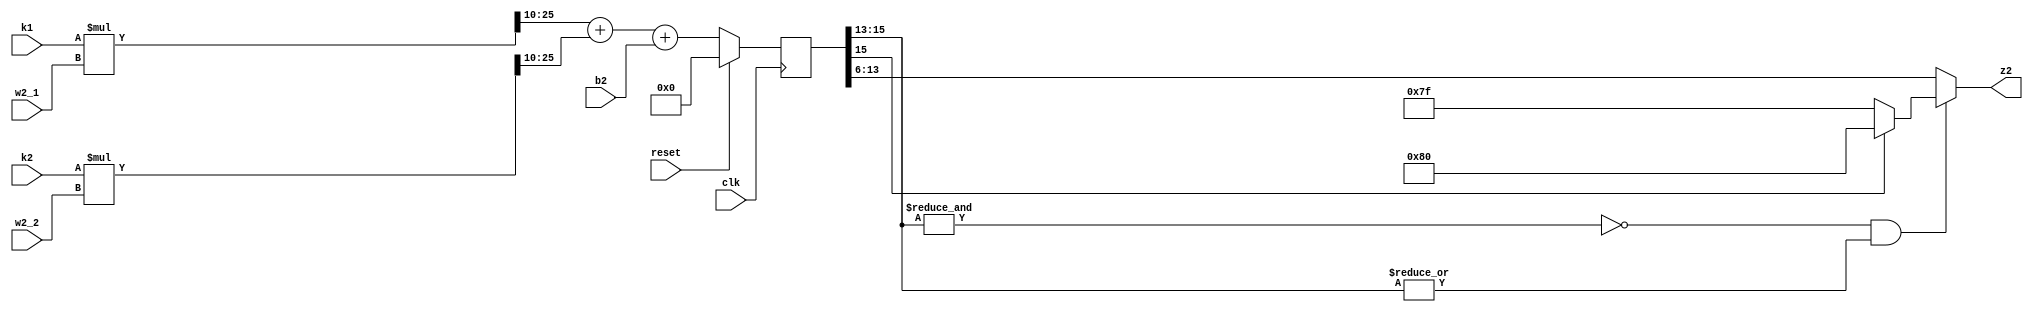
// This program was cloned from: https://github.com/weenslab/fpga101
// License: MIT License

`timescale 1ns / 1ps
//////////////////////////////////////////////////////////////////////////////////
// Company: Kyushu Institute of Technology
// 
// Design Name: Neural Network (using backpropagation)
// Module Name:    z2
// Project Name: LSI Design Contest in Okinawa 2018
// Target Devices: 
// Tool versions: 
//
// Description: 
// 	Calculation of 2 input (k1,k2) and 1 output (z2)
// Input:
//		ki			: 16 bits 00_0000.0000_0000_00 signed 	: input data (i=1,2)
//		b2			: 16 bits 00_0000.0000_0000_00 signed 	: bias value
//		w2_i		: 16 bits 00_0000.0000_0000_00 signed 	: weight value (i=1,2)
//		clk		    : 1 bit
//		reset		: 1 bit : high active
// Output: 
//		z2			: 8 bits 0000.0000 : output value
// Latency: 1 clk
// 
// Dependencies: 
//
// Revision: 
// Revision 0.01 - File Created
// Name : date : what changed
// Additional Comments: 
//
//////////////////////////////////////////////////////////////////////////////////

module z2(clk, reset, k1, k2, w2_1, w2_2, b2, z2);

input clk;
input reset;
input signed [15:0] k1, k2;		                 //w input	from first layer
input signed [15:0] w2_1, w2_2;				     //wd		weight of hidden layer
input signed [15:0] b2;							 //woCAX	bias of hidden layer
output signed [7:0] z2;							 //wo	 	output of hidden layer

reg signed [31:0] net1, net2;
reg signed [15:0] z2_tmp;
wire saturation;

always @(posedge clk)
	begin
	//unsynchronized reset
		if (reset==1)
		begin
			net1=0;
			net2=0;
			z2_tmp=0;
		end
		else 
		begin
			net1 = k1*w2_1;
			net2 = k2*w2_2;
			z2_tmp = net1[25:10] + net2[25:10] + b2;
		end 
	end
	//z2 with saturation
 	assign saturation = ~&z2_tmp[15:13] & |z2_tmp[15:13];
	assign z2 = ~saturation ? z2_tmp[13:6] : (z2_tmp[15] ? 8'b1000_0000 : 8'b0111_1111);
	
	//z2 without saturation
	//assign z2 = z2_tmp[13:6];

endmodule